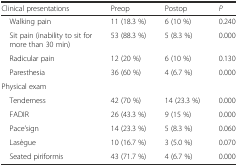
| Clinical presentations | Preop | Postop | P |
 | --- | --- | --- | --- |
 | Walking pain | 11 (18.3 %) | 6 (10 %) | 0.240 |
 | Sit pain (inability to sit for more than 30 min) | 53 (88.3 %) | 5 (8.3 %) | 0.000 |
 | Radicular pain | 12 (20 %) | 6 (10 %) | 0.130 |
 | Paresthesia | 36 (60 %) | 4 (6.7 %) | 0.000 |
 | Physical exam |  |  |  |
 | Tenderness | 42 (70 %) | 14 (23.3 %) | 0.000 |
 | FADIR | 26 (43.3 %) | 9 (15 %) | 0.000 |
 | Pace’sign | 14 (23.3 %) | 5 (8.3 %) | 0.060 |
 | Lasègue | 10 (16.7 %) | 3 (5.0 %) | 0.070 |
 | Seated piriformis | 43 (71.7 %) | 4 (6.7 %) | 0.000 |